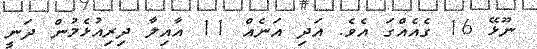
ނޫޅޭ 16 ގެއެއްގަ އެވެ. އަދި އަނެއް 11 އާއިލާ ދިރިއުޅެމުން ދަނީ